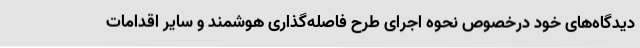
دیدگاه‌های خود درخصوص نحوه اجرای طرح فاصله‌گذاری هوشمند و سایر اقدامات